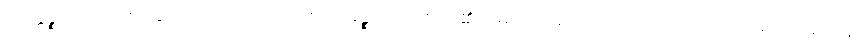
ကိတ္တိဉ္စ၊ ကျော်စောခြင်းကိုလည်းကောင်း။ သုခဉ္စ၊ ကိုယ်စိတ်၏ ချမ်းသာခြင်းကိုလည်းကောင်း။ ယံ ယထာ ယေန